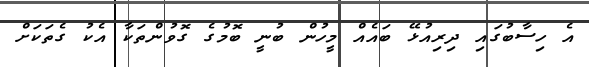
އެ ހިސާބުގައި ދިރިއުޅޭ ބައެއް މީހުން ބުނީ ބޮމުގެ ގޮވުންތަކާ އެކު ގެތަކަށް